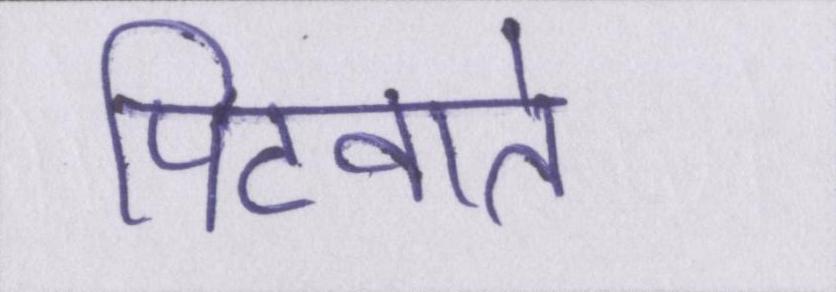
पिटवाते